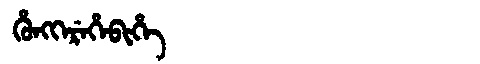
Manchu: ᡥᡠᠩᡴᡝᡵᡝᡥᡝᠪᡳᡥᡝ
Romanization: HUNGKEREHEBIHE